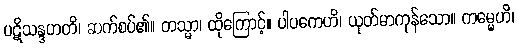
ပဋိသန္ဒဟတိ၊ ဆက်စပ်၏။ တသ္မာ၊ ထိုကြောင့်။ ပါပကေဟိ၊ ယုတ်မာကုန်သော။ ကမ္မေဟိ၊